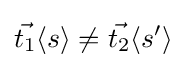
{\vec {t_{1}}}\langle s\rangle \neq {\vec {t_{2}}}\langle s'\rangle